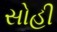
સોહી